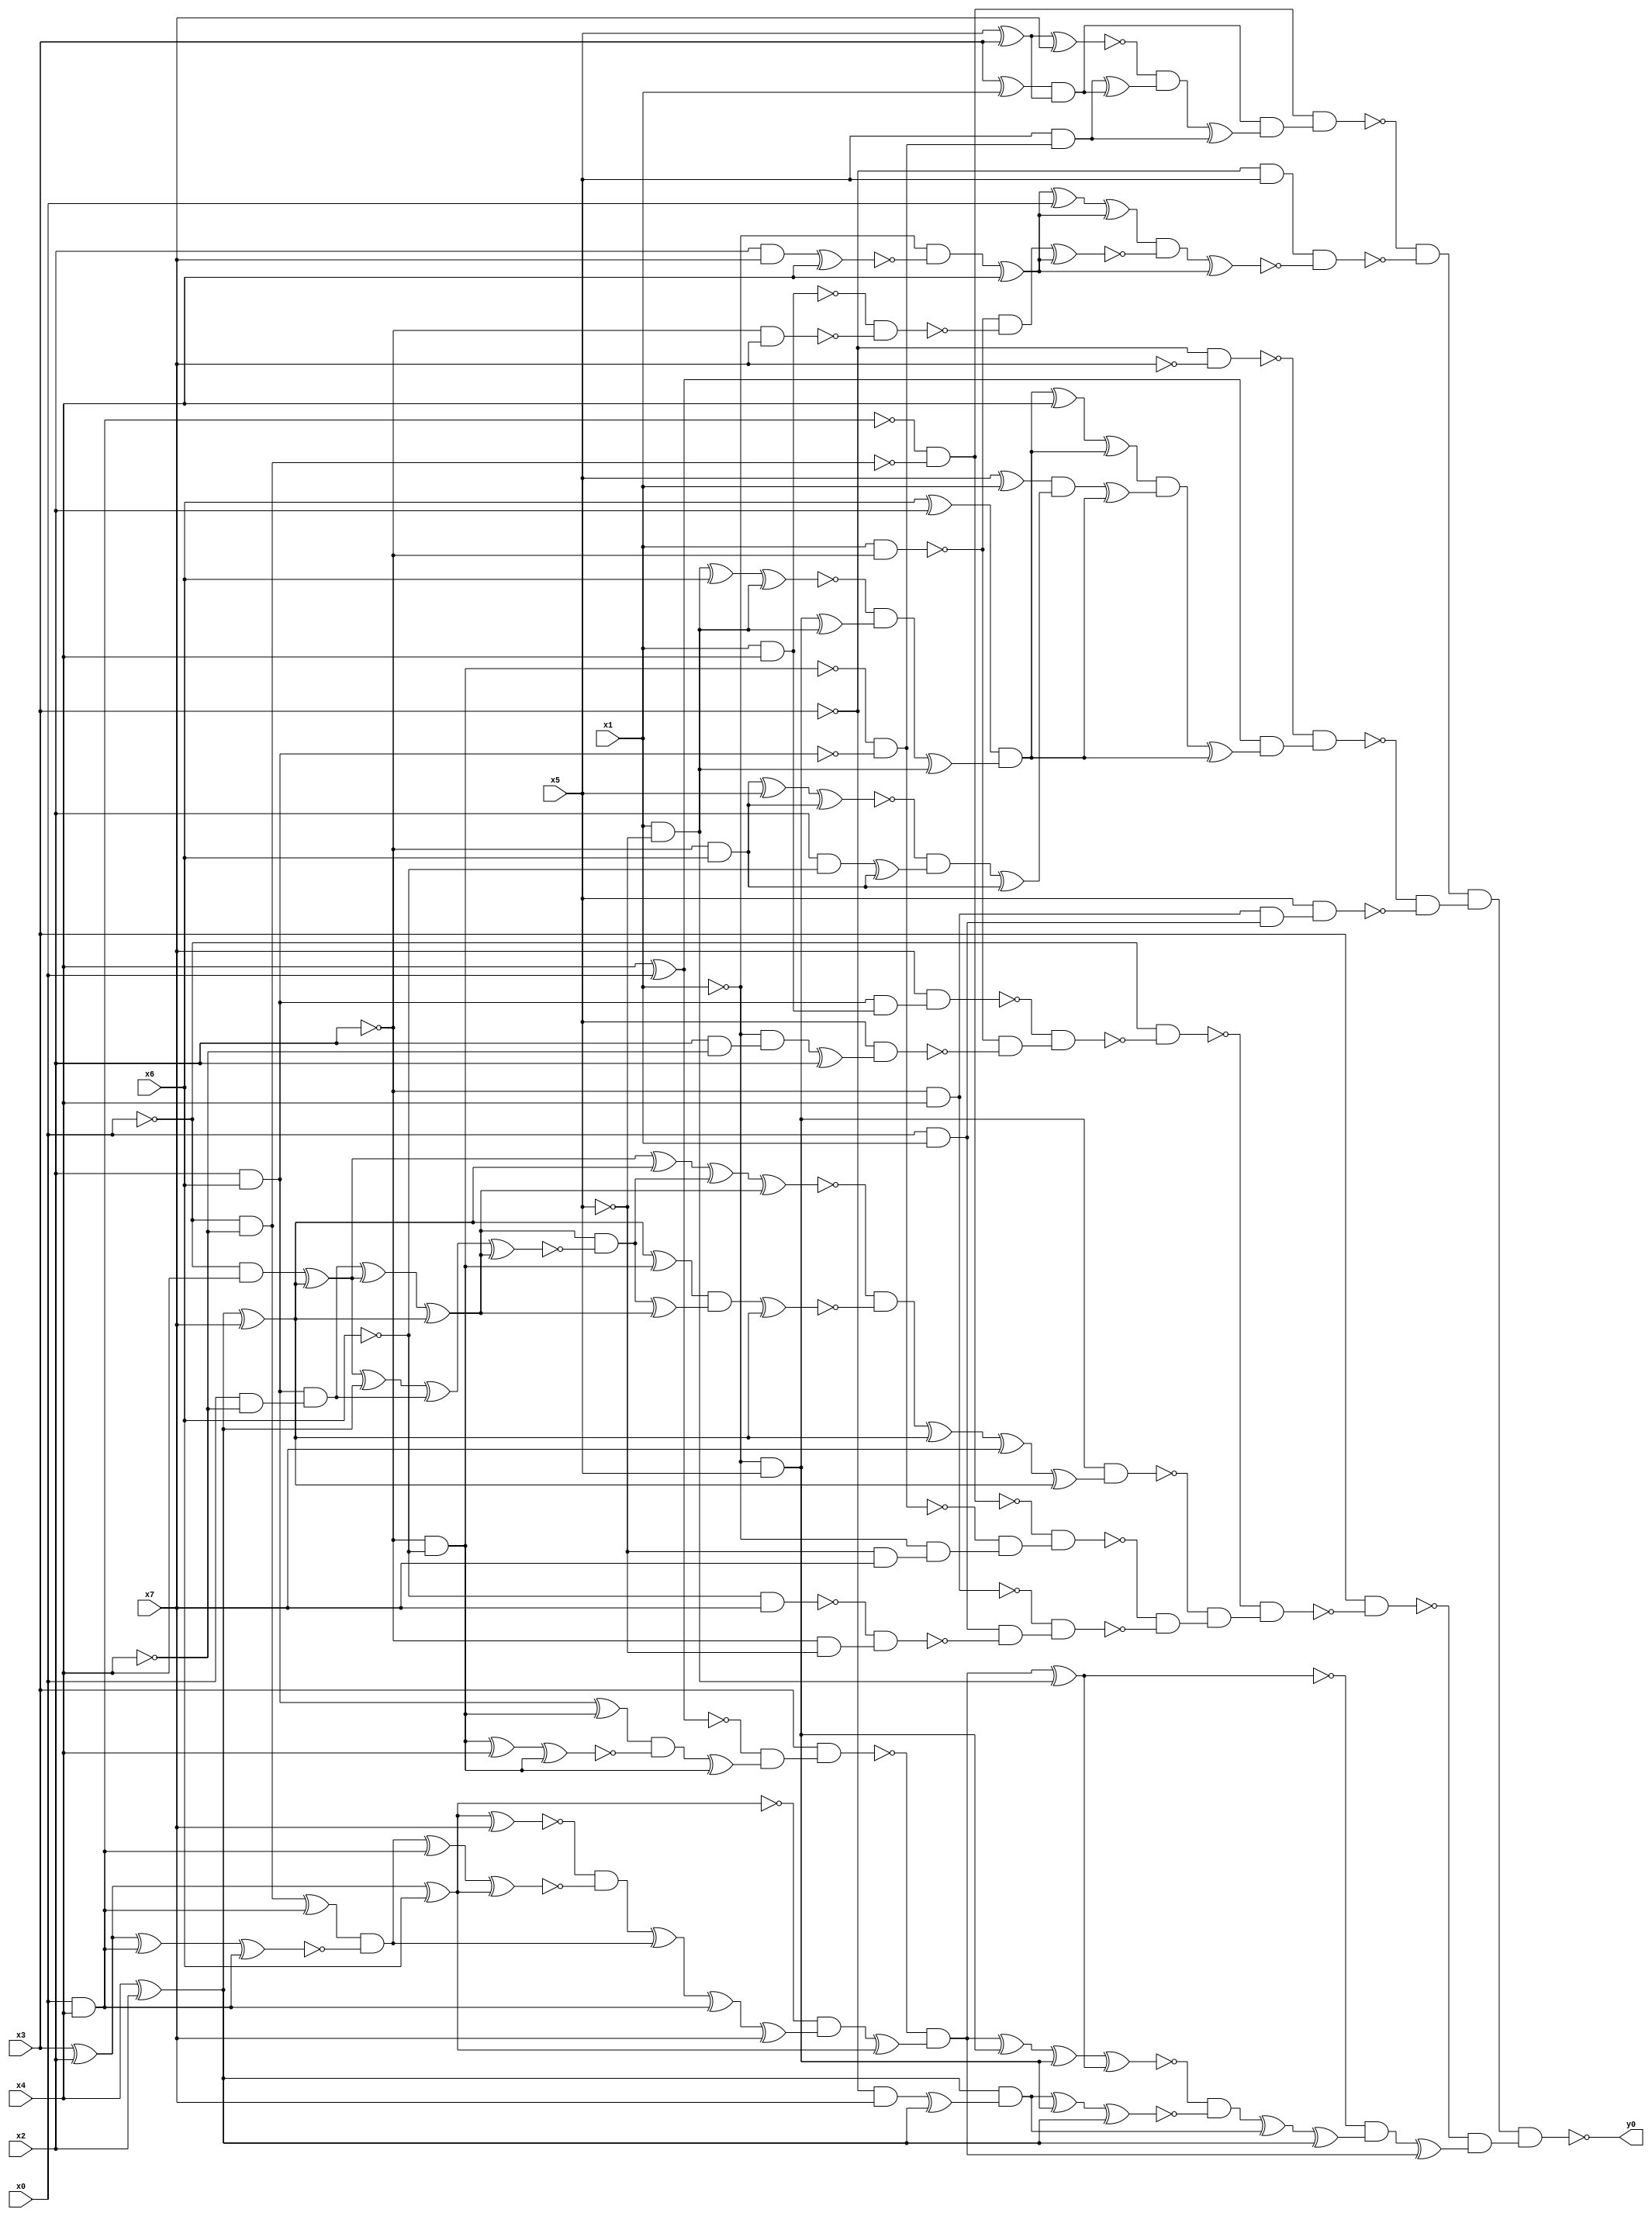
module top( x0 , x1 , x2 , x3 , x4 , x5 , x6 , x7 , y0 );
  input x0 , x1 , x2 , x3 , x4 , x5 , x6 , x7 ;
  output y0 ;
  wire n9 , n10 , n11 , n12 , n13 , n14 , n15 , n16 , n17 , n18 , n19 , n20 , n21 , n22 , n23 , n24 , n25 , n26 , n27 , n28 , n29 , n30 , n31 , n32 , n33 , n34 , n35 , n36 , n37 , n38 , n39 , n40 , n41 , n42 , n43 , n44 , n45 , n46 , n47 , n48 , n49 , n50 , n51 , n52 , n53 , n54 , n55 , n56 , n57 , n58 , n59 , n60 , n61 , n62 , n63 , n64 , n65 , n66 , n67 , n68 , n69 , n70 , n71 , n72 , n73 , n74 , n75 , n76 , n77 , n78 , n79 , n80 , n81 , n82 , n83 , n84 , n85 , n86 , n87 , n88 , n89 , n90 , n91 , n92 , n93 , n94 , n95 , n96 , n97 , n98 , n99 , n100 , n101 , n102 , n103 , n104 , n105 , n106 , n107 , n108 , n109 , n110 , n111 , n112 , n113 , n114 , n115 , n116 , n117 , n118 , n119 , n120 , n121 , n122 , n123 , n124 , n125 , n126 , n127 , n128 , n129 , n130 , n131 , n132 , n133 , n134 , n135 , n136 , n137 , n138 , n139 , n140 , n141 , n142 , n143 , n144 , n145 , n146 , n147 , n148 , n149 , n150 , n151 , n152 , n153 , n154 , n155 , n156 , n157 , n158 , n159 ;
  assign n9 = x0 & x4 ;
  assign n10 = ~x0 & ~x4 ;
  assign n11 = ~n9 & ~n10 ;
  assign n12 = x3 ^ x1 ;
  assign n13 = x5 ^ x3 ;
  assign n14 = n12 & n13 ;
  assign n15 = n13 ^ x7 ;
  assign n16 = ~x2 & ~x6 ;
  assign n17 = x2 & x6 ;
  assign n18 = ~n16 & ~n17 ;
  assign n19 = x5 & n18 ;
  assign n20 = n19 ^ n14 ;
  assign n21 = ~n15 & n20 ;
  assign n22 = n21 ^ n19 ;
  assign n23 = n14 & n22 ;
  assign n24 = n11 & n23 ;
  assign n25 = ~x3 & x5 ;
  assign n26 = x2 & x7 ;
  assign n27 = n26 ^ x4 ;
  assign n28 = ~x1 & ~n27 ;
  assign n29 = n28 ^ x4 ;
  assign n30 = n29 ^ x0 ;
  assign n31 = n30 ^ n29 ;
  assign n32 = x1 & ~x2 ;
  assign n33 = x1 & x4 ;
  assign n34 = ~x2 & x7 ;
  assign n35 = ~n33 & ~n34 ;
  assign n36 = ~n32 & ~n35 ;
  assign n37 = n36 ^ n29 ;
  assign n38 = n31 & ~n37 ;
  assign n39 = n38 ^ n29 ;
  assign n40 = n25 & ~n39 ;
  assign n41 = ~n24 & ~n40 ;
  assign n42 = ~x3 & ~x7 ;
  assign n43 = x4 ^ x0 ;
  assign n44 = x6 ^ x2 ;
  assign n45 = x1 & ~x5 ;
  assign n46 = n45 ^ x6 ;
  assign n47 = n46 ^ n45 ;
  assign n48 = ~x1 & x5 ;
  assign n49 = n48 ^ n45 ;
  assign n50 = ~n47 & n49 ;
  assign n51 = n50 ^ n45 ;
  assign n52 = n44 & n51 ;
  assign n53 = n52 ^ x4 ;
  assign n54 = n53 ^ n52 ;
  assign n55 = x5 ^ x1 ;
  assign n56 = ~x2 & x6 ;
  assign n57 = n56 ^ x5 ;
  assign n58 = n57 ^ n56 ;
  assign n59 = x2 & ~x6 ;
  assign n60 = n59 ^ n56 ;
  assign n61 = ~n58 & n60 ;
  assign n62 = n61 ^ n56 ;
  assign n63 = n55 & n62 ;
  assign n64 = n63 ^ n52 ;
  assign n65 = n54 & n64 ;
  assign n66 = n65 ^ n52 ;
  assign n67 = n43 & n66 ;
  assign n68 = ~n42 & n67 ;
  assign n69 = ~x2 & x4 ;
  assign n70 = x0 & x1 ;
  assign n71 = n69 & n70 ;
  assign n72 = x5 & n71 ;
  assign n73 = ~n68 & ~n72 ;
  assign n74 = n41 & n73 ;
  assign n75 = n17 & n33 ;
  assign n76 = x7 & n75 ;
  assign n77 = x2 & ~x4 ;
  assign n78 = ~x1 & n77 ;
  assign n79 = n78 ^ x2 ;
  assign n80 = x5 & n79 ;
  assign n81 = ~n32 & ~n80 ;
  assign n82 = ~n76 & n81 ;
  assign n83 = ~x0 & ~n82 ;
  assign n86 = ~x0 & x4 ;
  assign n84 = x4 ^ x2 ;
  assign n85 = n84 ^ x7 ;
  assign n87 = n86 ^ n85 ;
  assign n96 = n87 ^ n85 ;
  assign n88 = x0 & ~x4 ;
  assign n89 = n17 & n88 ;
  assign n90 = n89 ^ n87 ;
  assign n91 = n90 ^ n85 ;
  assign n92 = n87 ^ n84 ;
  assign n93 = n92 ^ n89 ;
  assign n94 = n93 ^ n91 ;
  assign n95 = n91 & ~n94 ;
  assign n97 = n96 ^ n95 ;
  assign n98 = n97 ^ n91 ;
  assign n99 = n85 ^ n16 ;
  assign n100 = n95 ^ n91 ;
  assign n101 = n99 & n100 ;
  assign n102 = n101 ^ n85 ;
  assign n103 = ~n98 & ~n102 ;
  assign n104 = n103 ^ n85 ;
  assign n105 = n104 ^ x7 ;
  assign n106 = n105 ^ n85 ;
  assign n107 = n48 & n106 ;
  assign n108 = ~x5 & x7 ;
  assign n109 = ~x1 & n108 ;
  assign n110 = ~n18 & n109 ;
  assign n111 = ~n11 & n110 ;
  assign n112 = ~x6 & x7 ;
  assign n113 = ~x2 & ~x5 ;
  assign n114 = ~n112 & n113 ;
  assign n115 = n70 & ~n114 ;
  assign n116 = ~n69 & n115 ;
  assign n117 = ~n111 & ~n116 ;
  assign n118 = ~n107 & n117 ;
  assign n119 = ~n83 & n118 ;
  assign n120 = x3 & ~n119 ;
  assign n121 = n17 ^ n16 ;
  assign n122 = n16 ^ x4 ;
  assign n123 = n122 ^ n16 ;
  assign n124 = n121 & ~n123 ;
  assign n125 = n124 ^ n16 ;
  assign n126 = ~n43 & n125 ;
  assign n127 = x3 & n126 ;
  assign n128 = x3 ^ x2 ;
  assign n129 = n128 ^ x6 ;
  assign n130 = n129 ^ x7 ;
  assign n131 = n10 ^ n9 ;
  assign n132 = n128 ^ n9 ;
  assign n133 = n132 ^ n9 ;
  assign n134 = n131 & ~n133 ;
  assign n135 = n134 ^ n9 ;
  assign n136 = n135 ^ n129 ;
  assign n137 = ~n130 & ~n136 ;
  assign n138 = n137 ^ n134 ;
  assign n139 = n138 ^ n9 ;
  assign n140 = n139 ^ x7 ;
  assign n141 = ~n129 & n140 ;
  assign n142 = n141 ^ n129 ;
  assign n143 = ~n127 & n142 ;
  assign n144 = n143 ^ n45 ;
  assign n145 = n143 ^ n48 ;
  assign n146 = n145 ^ n48 ;
  assign n147 = n146 ^ n144 ;
  assign n148 = ~x3 & x7 ;
  assign n149 = n148 ^ n84 ;
  assign n150 = n84 & n149 ;
  assign n151 = n150 ^ n48 ;
  assign n152 = n151 ^ n84 ;
  assign n153 = ~n147 & ~n152 ;
  assign n154 = n153 ^ n150 ;
  assign n155 = n154 ^ n84 ;
  assign n156 = ~n144 & n155 ;
  assign n157 = n156 ^ n143 ;
  assign n158 = ~n120 & n157 ;
  assign n159 = n74 & n158 ;
  assign y0 = ~n159 ;
endmodule